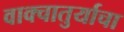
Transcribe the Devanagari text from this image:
वाक्चातुर्याचा